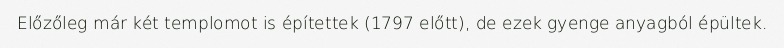
Előzőleg már két templomot is építettek (1797 előtt), de ezek gyenge anyagból épültek.